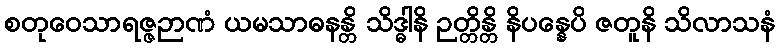
စတုဝေသာရဇ္ဇဉာဏံ ယမသာဓနန္တိ သိဒ္ဓါနိ ဉတ္တိန္တိ နိပန္နေပိ ဇတူနိ သိလာသနံ